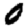
Digit: 0